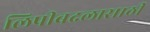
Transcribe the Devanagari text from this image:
लिपीबदलासाठी